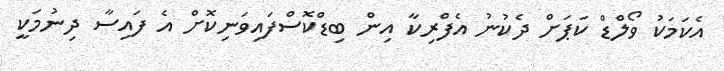
އެކަމަކު ވޯލްޑް ކަޕަށް ދެކުނު އެފްރިކާ އިން ބިޑްކޮސްފައިވަނިކޮށް އެ ފައިސާ ދިނުމަކީ